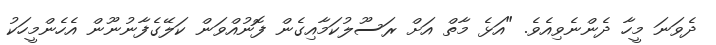
ދެވަނަ މީހާ ދެންނެވިއެވެ. "އަޅެ މާތް އަށް ރަސޫލުކަމާއިގެން ފޮނުއްވަން ކަލޭގެފާނުނޫން އެހެންމީހަކު